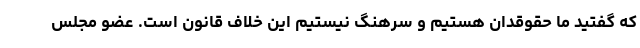
که گفتید ما حقوقدان هستیم و سرهنگ نیستیم این خلاف قانون است. عضو مجلس